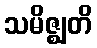
သမိဇ္ဈတိ